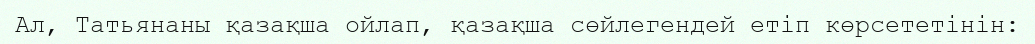
Ал, Татьянаны қазақша ойлап, қазақша сөйлегендей етіп көрсететінін: